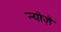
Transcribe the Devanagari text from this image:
न्योज़े